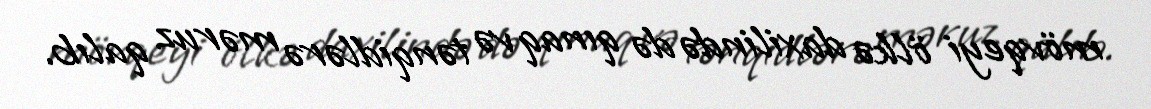
mövqeyi ölkə daxilində də qınaq və tənqidlərə məruz qalıb.